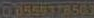
On559378503